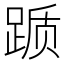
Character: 踬